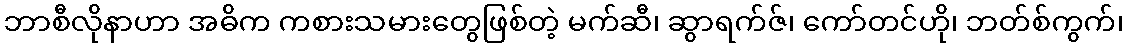
ဘာစီလိုနာဟာ အဓိက ကစားသမားတွေဖြစ်တဲ့ မက်ဆီ၊ ဆွာရက်ဇ်၊ ကော်တင်ဟို၊ ဘတ်စ်ကွက်၊